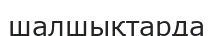
шалшықтарда